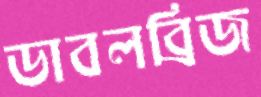
ডাবলব্রিজ